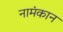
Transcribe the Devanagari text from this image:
नामंकान